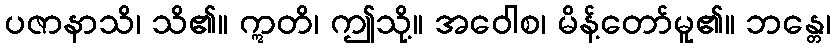
ပဇာနာသိ၊ သိ၏။ ဣတိ၊ ဤသို့။ အဝေါစ၊ မိန့်တော်မူ၏။ ဘန္တေ၊